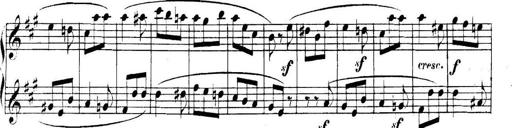
Title: Collected Piano Sonatas
Composer: Muzio Clementi